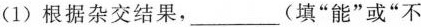
(1)根据杂交结果，___(填”能”或”不